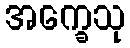
အက္ခေသု